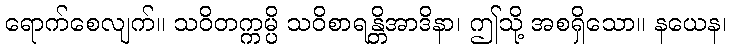
ရောက်စေလျက်။ သဝိတက္ကမ္ပိ သဝိစာရန္တိအာဒိနာ၊ ဤသို့ အစရှိသော။ နယေန၊